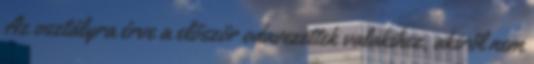
Az osztályra érve a először odavezettek valakihez, akiről nem